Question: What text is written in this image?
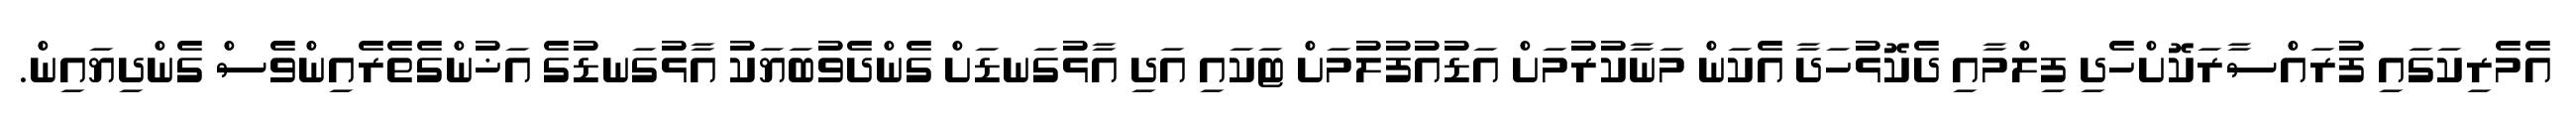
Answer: އެމެރިކަގައި ފުރައްސާރަކޮށްހެދި ފިލްމާއި ދެކޮޅުހަދާ އެކަން މަނާކުރުމަށް އަޑުއުފުލުމަށް ޓަކައި އަދި އާޅުގަނޑަށް ގެންދެވުބަޔަކު އާޅުގަނޑުގެ އަޚުންގެތެރެއިންވެސް ގެންދިޔައިން.